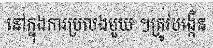
នៅក្នុងការប្រលងមួយ ។ត្រូវបង្កើន